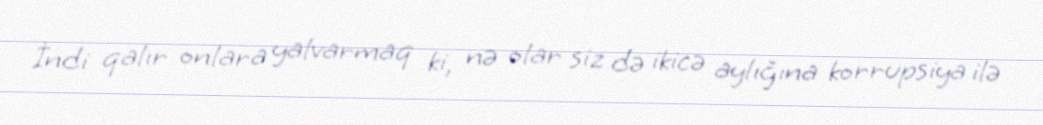
İndi qalır onlara yalvarmaq ki, nə olar siz də ikicə aylığına korrupsiya ilə